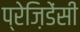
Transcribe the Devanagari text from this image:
प्रेज़िडेंसी